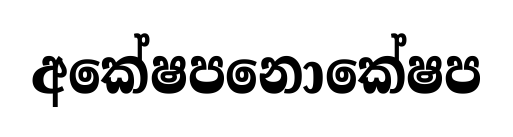
අකේෂපනොකේෂප